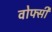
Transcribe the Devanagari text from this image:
वोफ्सी